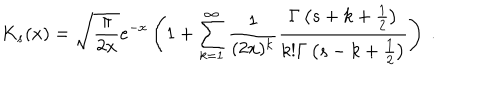
K _ { s } ( x ) = \sqrt { \frac { \pi } { 2 x } } e ^ { - x } \left( 1 + \sum _ { k = 1 } ^ { \infty } \frac { 1 } { ( 2 x ) ^ { k } } \frac { \Gamma \left( s + k + \frac { 1 } { 2 } \right) } { k ! \Gamma \left( s - k + \frac { 1 } { 2 } \right) } \right) \ .